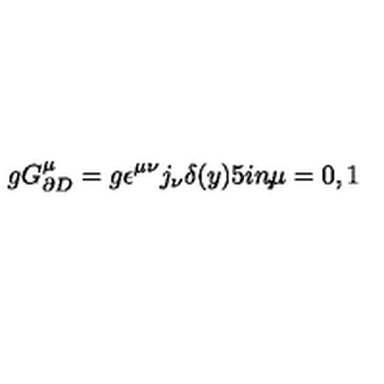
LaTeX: g G _ { \partial D } ^ { \mu } = g \epsilon ^ { \mu \nu } j _ { \nu } \delta ( y ) \makebox [ . 5 i n ] { , } \mu = 0 , 1